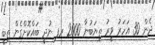
ދެން 30 އަހަރު ވީރު ތިޔަބުނާ 2000 ރފ ނުދީ ބައްކޮށްގެން ތިބީ